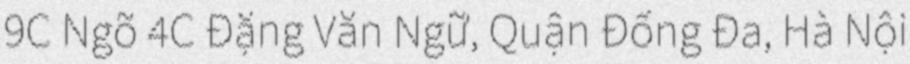
9C Ngõ 4C Đặng Văn Ngữ, Quận Đống Đa, Hà Nội